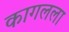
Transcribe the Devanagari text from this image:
कागलला